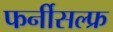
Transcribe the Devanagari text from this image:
फर्नीसल्फ्र